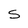
Character: S